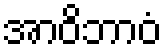
အာဝိဘာဝံ